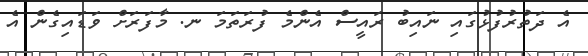
އެ ދަތުރުފުޅުގައި ނައިބު ރައީސް އެންމެ ފުރަތަމަ ނ. މާފަރަށް ވަޑައިގެން އެ